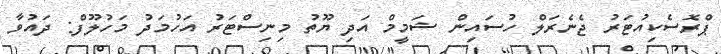
ޕްރޮސެކިއުޓަރު ޖެނެރަލް ހުސައިން ޝަމީމް އަދި ޔޫތު މިނިސްޓަރު އަހުމަދު މަހުލޫފް: ދައުވާ